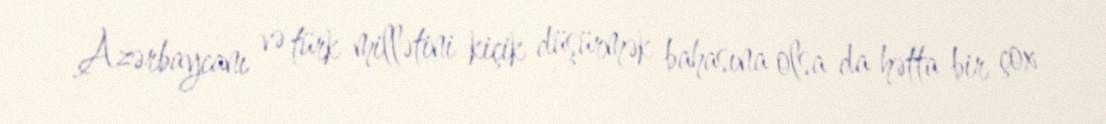
Azərbaycanı və türk millətini kiçik düşürmək bahasına olsa da hətta bir çox